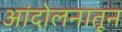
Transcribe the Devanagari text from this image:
आंदोलनातून